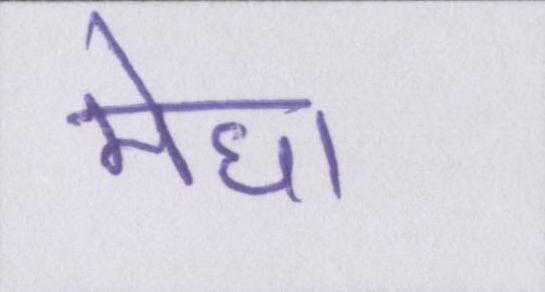
मेधा